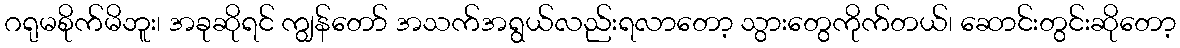
ဂရုမစိုက်မိဘူး၊ အခုဆိုရင် ကျွန်တော် အသက်အရွယ်လည်းရလာတော့ သွားတွေကိုက်တယ်၊ ဆောင်းတွင်းဆိုတော့